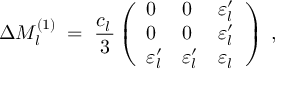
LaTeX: \Delta M _ { l } ^ { ( 1 ) } \; = \; \frac { c _ { l } ^ { ~ } } { 3 } \left( \begin{array} { l l l } { { 0 } } & { { 0 } } & { { \varepsilon _ { l } ^ { \prime } } } \\ { { 0 } } & { { 0 } } & { { \varepsilon _ { l } ^ { \prime } } } \\ { { \varepsilon _ { l } ^ { \prime } } } & { { \varepsilon _ { l } ^ { \prime } } } & { { \varepsilon _ { l } ^ { ~ } } } \end{array} \right) \; ,